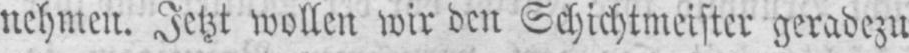
nehmen. Jetzt wollen wir den Schichtmeister geradezu